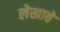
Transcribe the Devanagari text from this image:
लेखावे